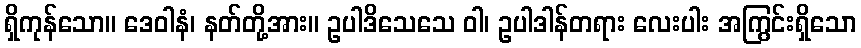
ရှိကုန်သော။ ဒေဝါနံ၊ နတ်တို့အား။ ဥပါဒိသေသေ ဝါ၊ ဥပါဒါန်တရား လေးပါး အကြွင်းရှိသော